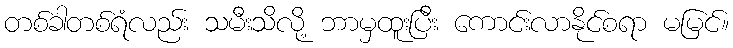
တစ်ခါတစ်ရံလည်း သမီးသိလို့ ဘာမှထူးပြီး ကောင်းလာနိုင်စရာ မမြင်။